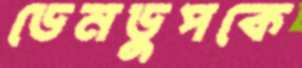
ডেনডুপকে